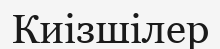
Киізшілер